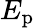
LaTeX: E_{\mathrm{p}}